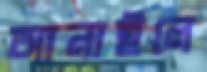
আনাইলে